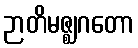
ဉာတိမဇ္ဈဂတော